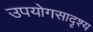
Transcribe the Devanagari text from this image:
उपयोगसादृश्य